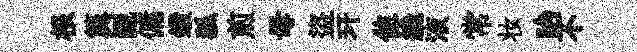
根簨覼傭鑽狐煎母盜玕隹纔液常妆眙不